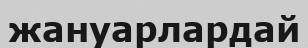
жануарлардай